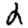
Digit: 2